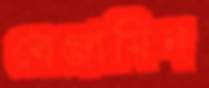
বেঞ্জামিন